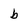
Character: b